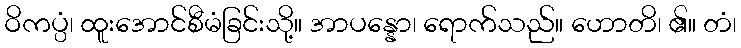
ဝိကပ္ပံ၊ ထူးအောင်စီမံခြင်းသို့။ အာပန္နော၊ ရောက်သည်။ ဟောတိ၊ ၏။ တံ၊